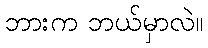
ဘားက ဘယ်မှာလဲ။